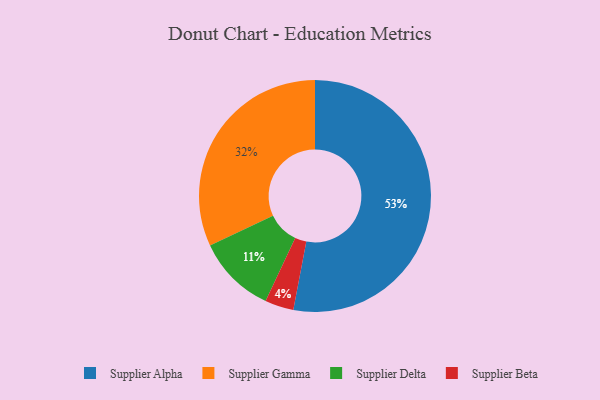
{"axis": {"x": "Category", "y": "Percentage"}, "legend": ["Supplier Alpha", "Supplier Beta", "Supplier Delta", "Supplier Gamma"], "data": [{"x": "Supplier Gamma", "y": 32, "type": "Supplier Gamma"}, {"x": "Supplier Delta", "y": 11, "type": "Supplier Delta"}, {"x": "Supplier Alpha", "y": 53, "type": "Supplier Alpha"}, {"x": "Supplier Beta", "y": 4, "type": "Supplier Beta"}]}